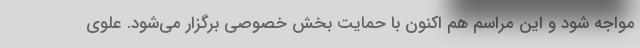
مواجه شود و این مراسم هم اکنون با حمایت بخش خصوصی برگزار می‌شود. علوی